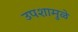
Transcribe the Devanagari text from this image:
उपशामुळे